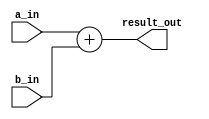
module ADDER32
  (
   result_out, 
   a_in, 
   b_in
   );
   
   parameter adder_delay  = 22;
   
   output [31:0] result_out;  			
   reg [31:0] 	 result_out;
   
   input [31:0]  a_in;
   input [31:0]  b_in;

   always@*
     begin
	#adder_delay;

	result_out = a_in + b_in;
     end
   
endmodule